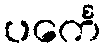
ပင်္ကေ